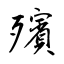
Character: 殯